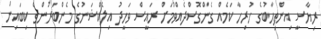
ރިޔާސީ އިންތިހާބުގެ ހުރިހާ ކަމެއް ގެންގޮސްދެއްވުމަށް ރައީސް ވަހީދު އިލެކްޝަނުގެ މެންބަރުންގެ ކިބައިން